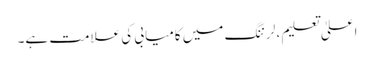
اعلیٰ تعلیم ، لرننگ میں کامیابی کی علامت ہے۔